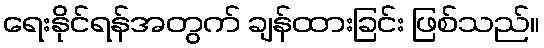
ရေးနိုင်ရန်အတွက် ချန်ထားခြင်း ဖြစ်သည်။